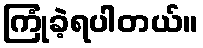
ကြုံခဲ့ရပါတယ်။